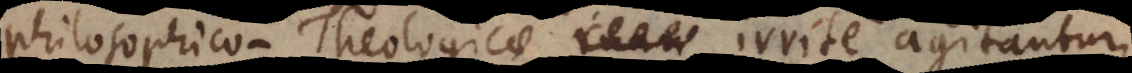
philosophico‐Theologicae inan irrite agitantur,